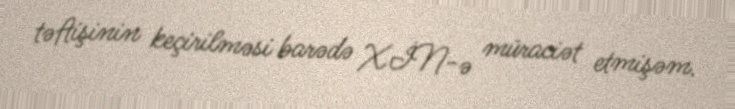
təftişinin keçirilməsi barədə XİN-ə müraciət etmişəm.